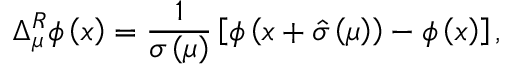
\Delta _ { \mu } ^ { R } \phi \left( x \right) = { \frac { 1 } { \sigma \left( \mu \right) } } \left[ \phi \left( x + \hat { \sigma } \left( \mu \right) \right) - \phi \left( x \right) \right] ,